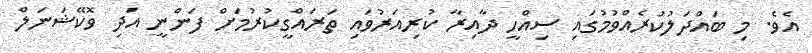
އެވެ. މި ބައްދަލުކުރެއްވުމުގައި ސިއްހީ ދާއިރާ ކުރިއަރުވައި ތަރައްގީކުރުމަށް ފަންނީ އަދި ވޮކޭޝަނަލް